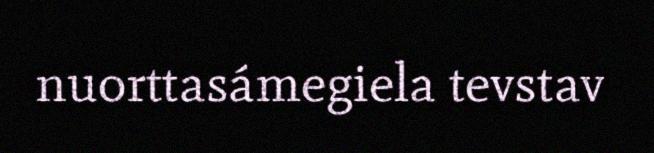
nuorttasámegiela tevstav